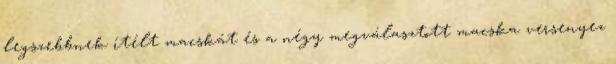
legszebbnek ítélt macskát és a négy megválasztott macska versenyez